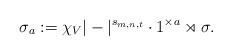
LaTeX: \begin{align*} \sigma_a := \chi_V | -|^{s_{m,n,t}} \cdot 1^{\times a} \rtimes \sigma.\end{align*}